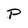
Character: p